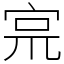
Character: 宺